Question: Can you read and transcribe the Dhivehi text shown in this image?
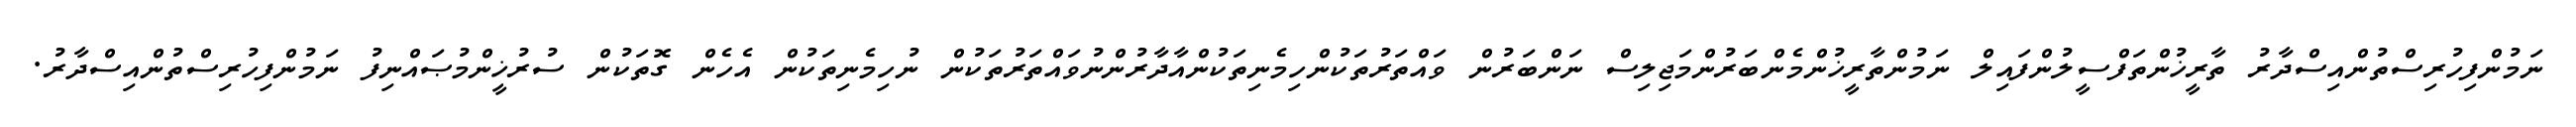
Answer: ނަމުންފިހުރިސްތުންއިސްދާރު ތާރީޚުންތަފްސީލުންފައިލް ނަމުންތާރީޚުންމެންބަރުންމަޖިލިސް ނަންބަރުން ވައްތަރުތަކުންހިމެނިތަކުންއާދާރުންނުވައްތަރުތަކުން ނުހިމެނިތަކުން އެހެން ގޮތަކުން ސުރުޚީންމުޞައްނިފު ނަމުންފިހުރިސްތުންއިސްދާރު.